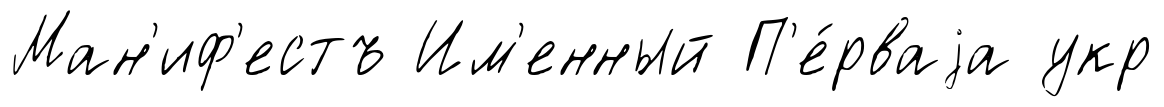
Ман'иф'естъ Им'енный П'е́рваjа укр